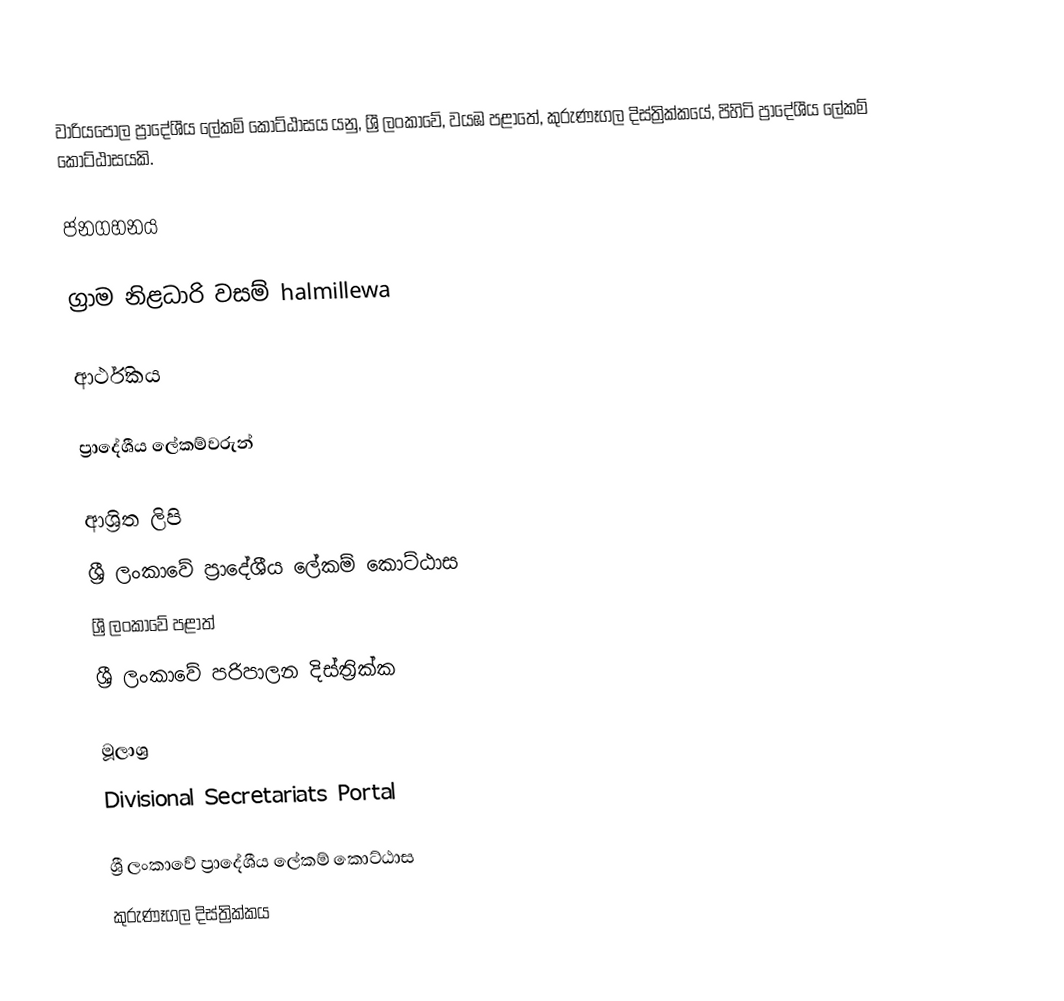
වාරියපොල ප්‍රාදේශීය ලේකම් කොට්ඨාසය යනු,  ශ්‍රී ලංකාවේ, වයඹ පළාතේ,   කුරුණෑගල දිස්ත්‍රික්කයේ, පිහිටි ප්‍රාදේශීය ලේකම් කොට්ඨාසයකි.

ජනගහනය

ග්‍රාම නිළධාරි වසම් halmillewa

ආර්ථිකය

ප්‍රාදේශීය ලේකම්වරුන්

ආශ්‍රිත ලිපි
ශ්‍රී ලංකාවේ ප්‍රාදේශීය ලේකම් කොට්ඨාස
ශ්‍රී ලංකාවේ පළාත්
ශ්‍රී ලංකාවේ පරිපාලන දිස්ත්‍රික්ක

මූලාශ්‍ර
 Divisional Secretariats Portal

ශ්‍රී ලංකාවේ ප්‍රාදේශීය ලේකම් කොට්ඨාස
කුරුණෑගල දිස්ත්‍රික්කය